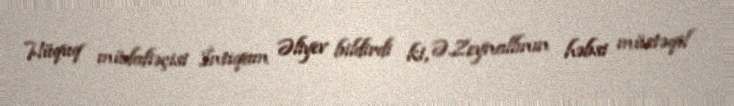
Hüquq müdafiəçisi İntiqam Əliyev bildirdi ki, Ə.Zeynallının həbsi müstəqil